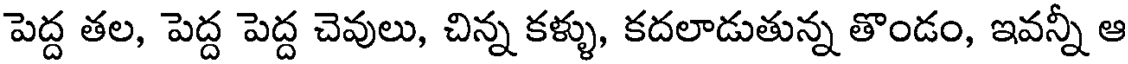
పెద్ద తల, పెద్ద పెద్ద చెవులు, చిన్న కళ్ళు, కదలాడుతున్న తొండం, ఇవన్నీ ఆ